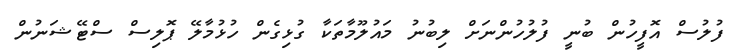
ފުލުސް އޮފީހުން ބުނީ ފުލުހުންނަށް ލިބުނު މައުލޫމާތަކާ ގުޅިގެން ހުޅުމާލޭ ޕޮލިސް ސްޓޭޝަނުން